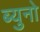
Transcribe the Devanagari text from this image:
ब्युनो